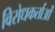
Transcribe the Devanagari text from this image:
विरोधकर्ताओं